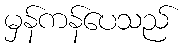
မှန်ကန်ပေသည်